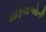
માફિયાઓની